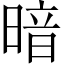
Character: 暗